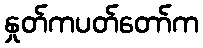
နှုတ်ကပတ်တော်က